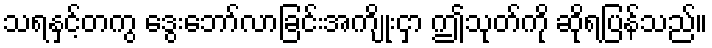
သရနှင့်တကွ ဒွေးဘော်လာခြင်းအကျိုးငှာ ဤသုတ်ကို ဆိုရပြန်သည်။